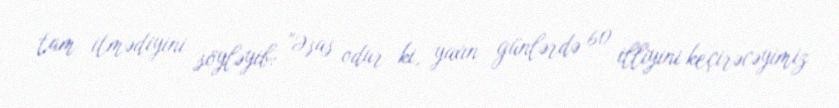
tam itmədiyini söyləyib: "Əsas odur ki, yaxın günlərdə 60 illiyini keçirəcəyimiz